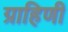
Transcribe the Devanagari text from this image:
ग्राहिणी